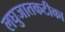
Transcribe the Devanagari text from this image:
लघुजातकटीका